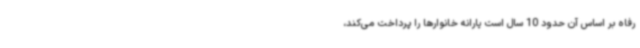
رفاه بر اساس آن حدود 10 سال است یارانه خانوارها را پرداخت می‌کند،